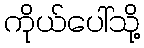
ကိုယ်ပေါ်သို့